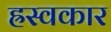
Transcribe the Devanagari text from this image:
ह्रस्वकार